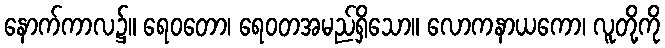
နောက်ကာလ၌။ ရေဝတော၊ ရေဝတအမည်ရှိသော။ လောကနာယကော၊ လူတို့ကို